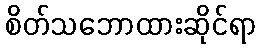
စိတ်သဘောထားဆိုင်ရာ